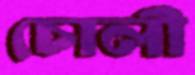
চোলী